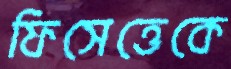
ফিসেত্তেকে